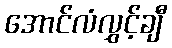
အောင်လံလွှင့်ချီ